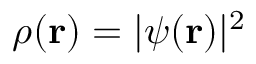
\rho ( { \bf r } ) = | \psi ( { \bf r } ) | ^ { 2 }